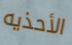
الأحذيه